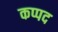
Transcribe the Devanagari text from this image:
कप्पद